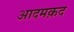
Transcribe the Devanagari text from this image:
आदमक़द